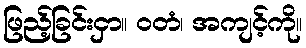
ဖြည့်ခြင်းငှာ။ ဝတံ၊ အကျင့်ကို။